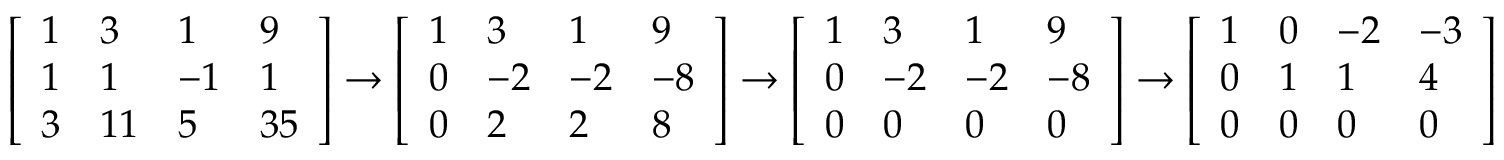
{ \left[ \begin{array} { l l l l } { 1 } & { 3 } & { 1 } & { 9 } \\ { 1 } & { 1 } & { - 1 } & { 1 } \\ { 3 } & { 1 1 } & { 5 } & { 3 5 } \end{array} \right] } \to { \left[ \begin{array} { l l l l } { 1 } & { 3 } & { 1 } & { 9 } \\ { 0 } & { - 2 } & { - 2 } & { - 8 } \\ { 0 } & { 2 } & { 2 } & { 8 } \end{array} \right] } \to { \left[ \begin{array} { l l l l } { 1 } & { 3 } & { 1 } & { 9 } \\ { 0 } & { - 2 } & { - 2 } & { - 8 } \\ { 0 } & { 0 } & { 0 } & { 0 } \end{array} \right] } \to { \left[ \begin{array} { l l l l } { 1 } & { 0 } & { - 2 } & { - 3 } \\ { 0 } & { 1 } & { 1 } & { 4 } \\ { 0 } & { 0 } & { 0 } & { 0 } \end{array} \right] }